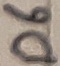
Text: D6